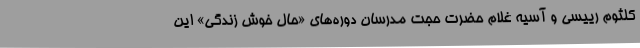
کلثوم رییسی و آسیه غلام حضرت حجت مدرسان دوره‌های «حال خوش زندگی» این